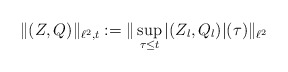
\begin{align*} \|(Z,Q)\|_{\ell^2, t}:= \|\sup_{\tau \leq t} |(Z_{l}, Q_l)|(\tau)\|_{\ell^2} \end{align*}